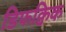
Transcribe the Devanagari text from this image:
डिफक्विक